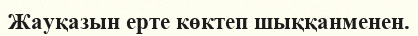
Жауқазын ерте көктеп шыққанменен.